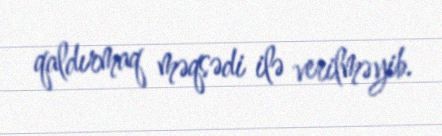
qaldırmaq məqsədi ilə verilməyib.